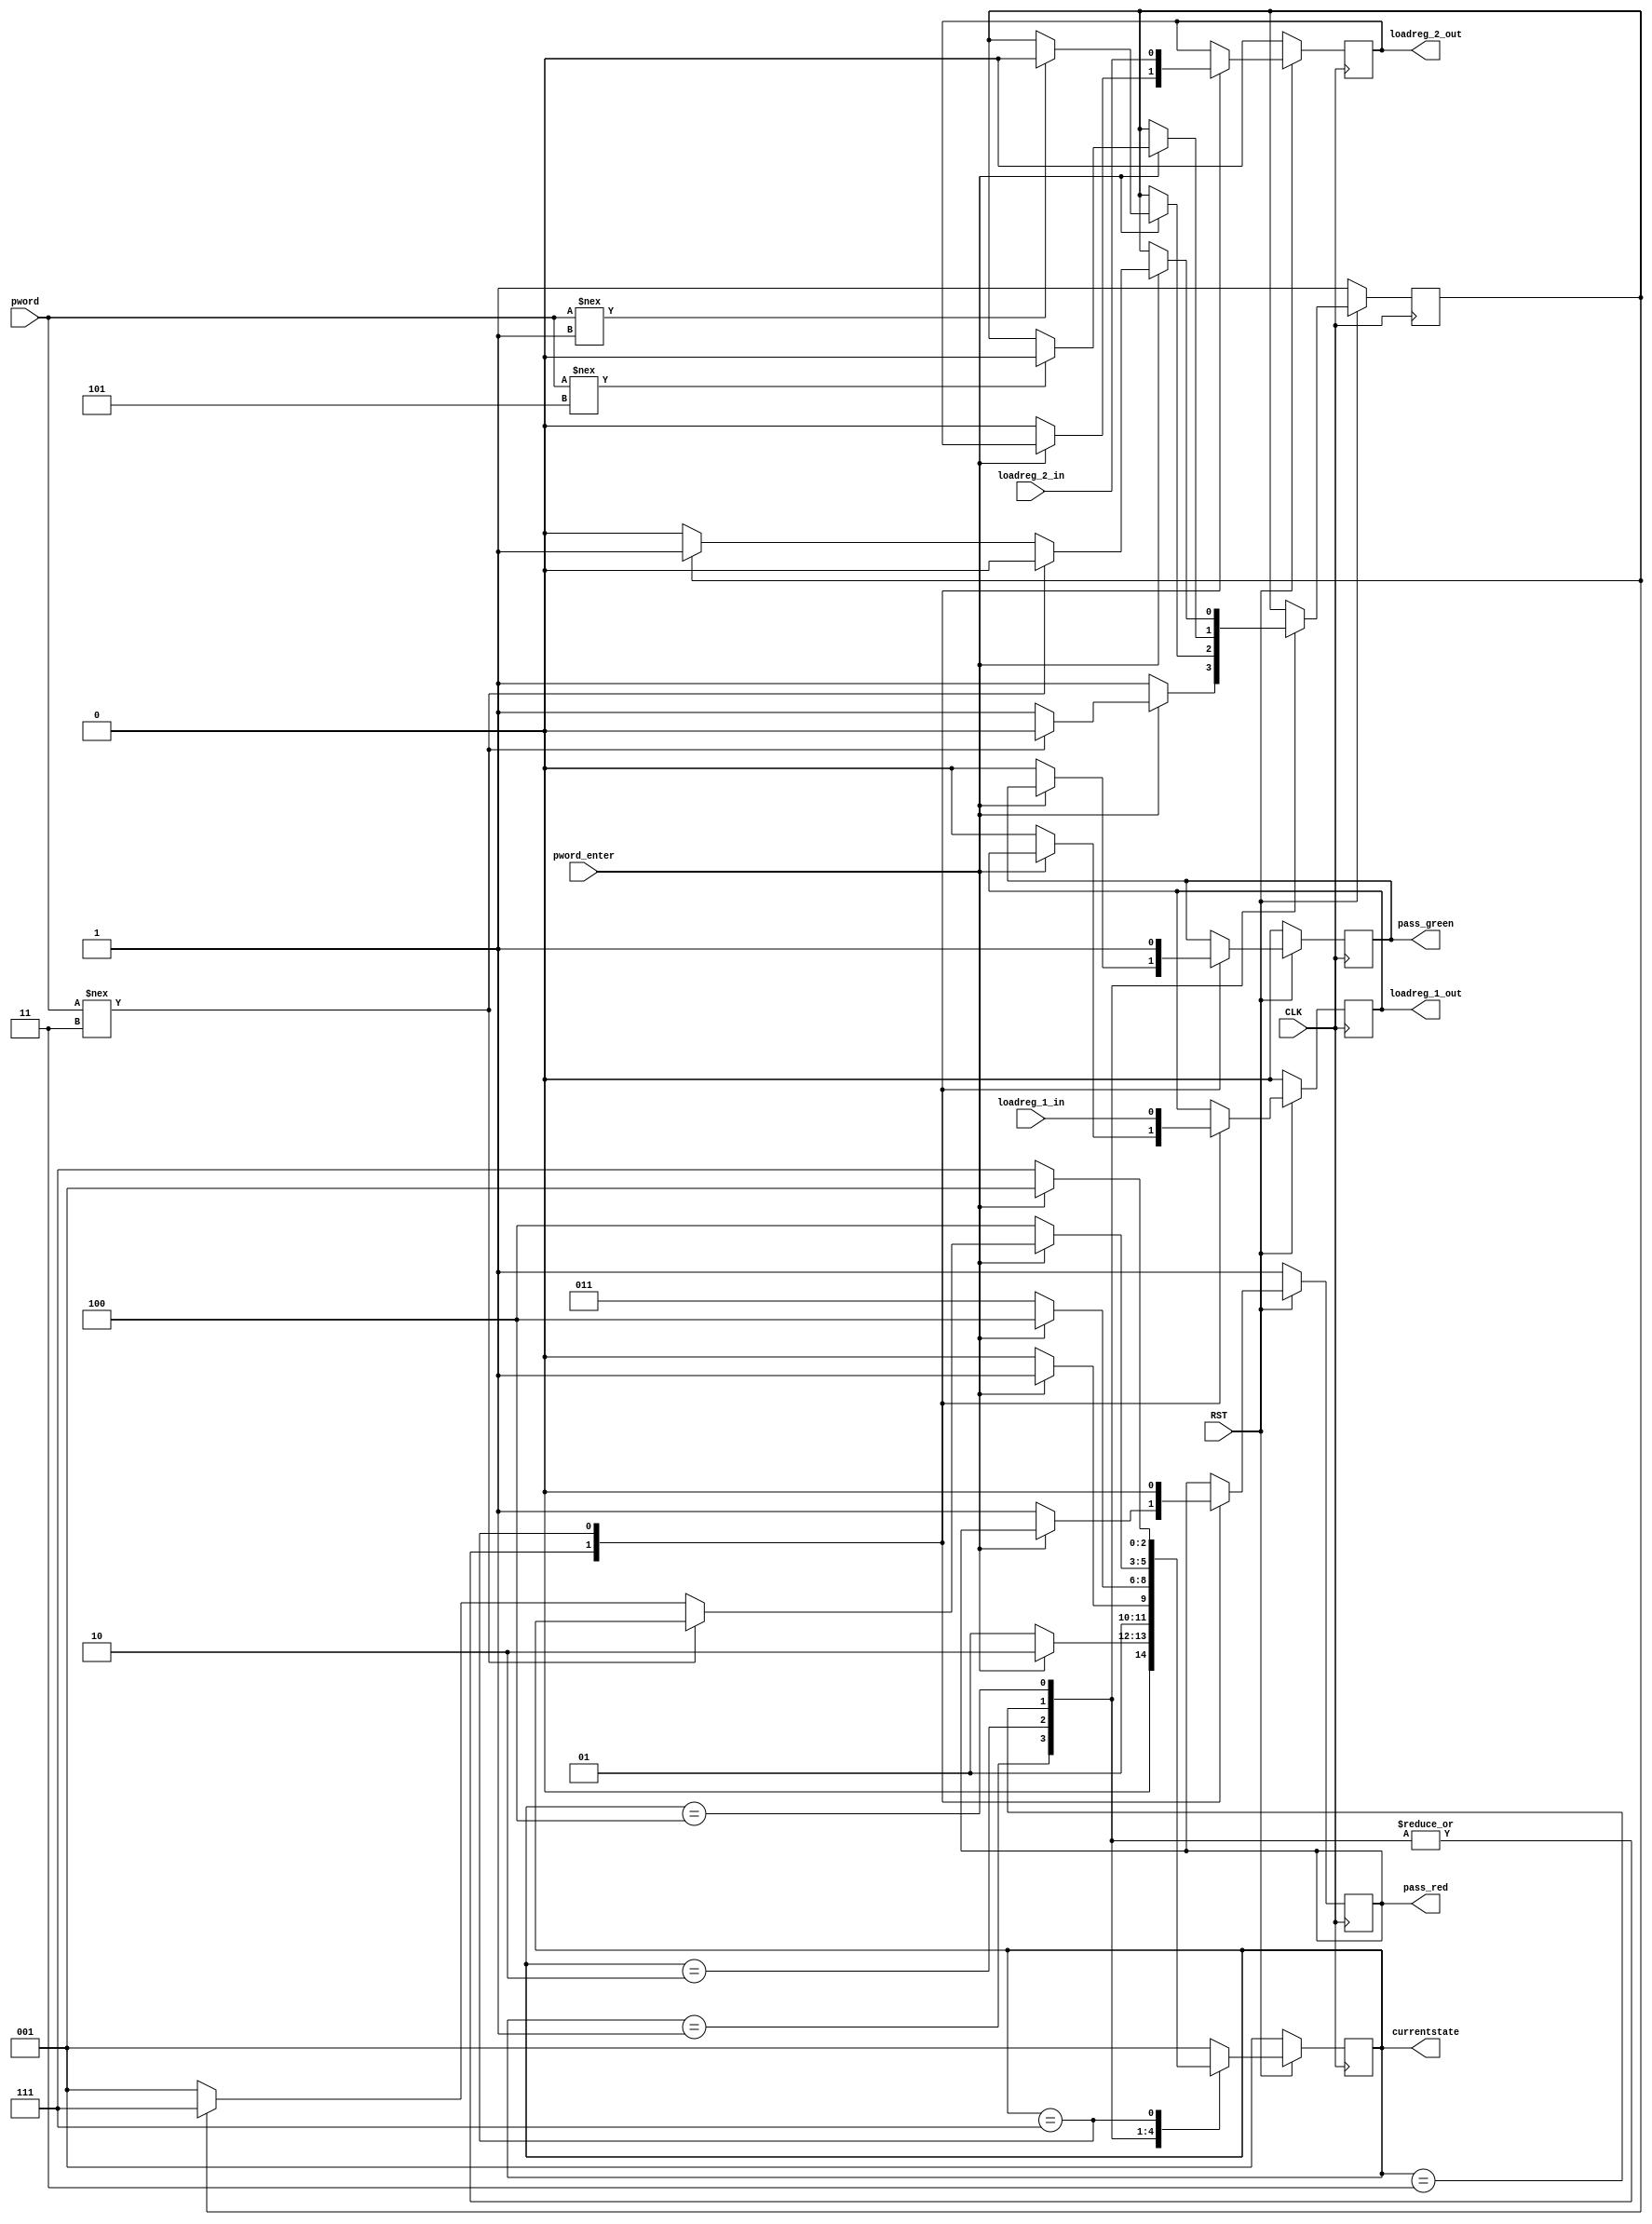
// ECE5440
// access.v
// Description: Controls access to the game's I/O through a login system.
// Key: 3153

// Moore One-Procedure FSM

module access (
    //inputs
    RST, CLK,
	loadreg_1_in, loadreg_2_in,
	pword, pword_enter,
    //outputs
    loadreg_1_out, loadreg_2_out,
	pass_red, pass_green, currentstate
    );

    input RST, CLK;
    // input accept buttons for the two load registers
    input loadreg_1_in, loadreg_2_in;
    // user inputs 4-bit password digit
    input [3:0] pword;
    input pword_enter;

    // signals to wire out to player loadreg modules
    output loadreg_1_out, loadreg_2_out;
    output pass_red, pass_green;
    // display current state for simulation and debugging pruposes
    // currentstate will not be wired to any modules or I/O
	output [2:0] currentstate;
    
    reg loadreg_1_out, loadreg_2_out;
    reg pass_red, pass_green;

    // FSM regs, parameters and states
    reg [2:0] currentstate, nextstate;
    reg pass_OK;
    parameter Digit_1 = 3'b001, Digit_2 = 3'b010;
	parameter Digit_3 = 3'b011, Digit_4 = 3'b100, OK = 3'b111;

    // FSM
    // Key is hardcoded to each state with comments denoting each digit
    // pass_OK acts as a flag detecting if input sequence matches key (default value 1)
	always @ (posedge CLK) begin
        // If RST triggered, switch case is ignored and FSM is forced to Digit_1
		if (RST == 1'b0) begin
			currentstate <= Digit_1;
			pass_OK <= 1'b1;
			pass_red <= 1'b1;
			pass_green <= 1'b0;
			loadreg_1_out <= 1'b0;
			loadreg_2_out <= 1'b0;
		end
		else begin case (currentstate)
				Digit_1: begin
					pass_OK <= 1'b1;
					if(pword_enter == 1'b0)
					begin
						pass_red <= 1'b1;
						pass_green <= 1'b0;
						loadreg_1_out <= 1'b0;
						loadreg_2_out <= 1'b0;
						currentstate <= Digit_1;
					end
					else begin
						if(pword !== 4'b0011) //3
						begin
							pass_OK <= 1'b0;
						end
						currentstate <= Digit_2;
					end
				end
				Digit_2: begin
					if(pword_enter == 1'b0)
					begin
						pass_red <= 1'b1;
						pass_green <= 1'b0;
						loadreg_1_out <= 1'b0;
						loadreg_2_out <= 1'b0;
						currentstate <= Digit_2;
					end
					else begin
						if(pword !== 4'b0001) //1
						begin
							pass_OK <= 1'b0;
						end
						currentstate <= Digit_3;
					end
				end
				Digit_3: begin
					if(pword_enter == 1'b0)
					begin
						pass_red <= 1'b1;
						pass_green <= 1'b0;
						loadreg_1_out <= 1'b0;
						loadreg_2_out <= 1'b0;
						currentstate <= Digit_3;
					end
					else begin
						if(pword !== 4'b0101) //5
						begin
							pass_OK <= 1'b0;
						end
						currentstate <= Digit_4;
					end
				end
				Digit_4: begin
					if(pword_enter == 1'b0)
					begin
						pass_red <= 1'b1;
						pass_green <= 1'b0;
						loadreg_1_out <= 1'b0;
						loadreg_2_out <= 1'b0;
						currentstate <= Digit_4;
					end
					else begin
						if(pword !== 4'b0011) //3
						begin
							pass_OK <= 1'b0;
						end
						else begin
							// Determines if input sequence is a match
							if(pass_OK == 1'b1)
							begin
								currentstate <= OK;
								pass_OK <= 1'b1;
							end
							else begin
								currentstate <= Digit_1;
							end
						end
					end
				end
				OK: begin
					pass_red <= 1'b0;
					pass_green <= 1'b1;
					loadreg_1_out <= loadreg_1_in;
					loadreg_2_out <= loadreg_2_in;
                    // Bonus assignment: press pword_enter again to logout of the system
                    // Logout in this case means resetting to Digit_1
                    if(pword_enter == 1'b1)
                    begin
                        currentstate <= Digit_1;
                    end
                    else begin
                        currentstate <= OK;
                    end
				end
				default: begin currentstate <= Digit_1; end
			endcase
		end
	end
endmodule